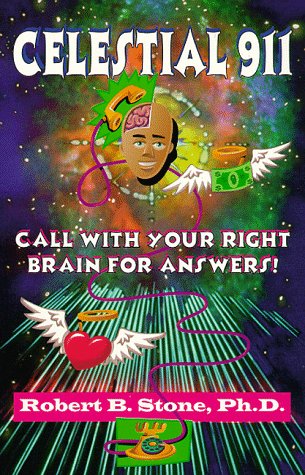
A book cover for Celestial 911: Call with Your Right Brain for Answers!; Robert B. Stone; Self-Help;